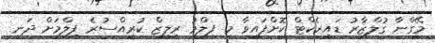
މޭގްނާ ގުލްޒާރު ޑައިރެކްޓް ކޮށްފައިވާ މި ފިލްމު ރިލީޒް ކުރީއްސުރެ ފިލްމަށް ދަނީ